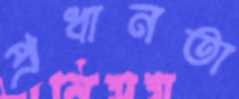
প্রধানতা